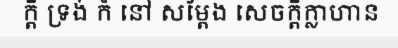
ក្តី ទ្រង់ ក៏ នៅ សម្តែង សេចក្តីក្លាហាន